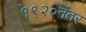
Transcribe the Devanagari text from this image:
१९२०नंतर